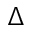
\Delta